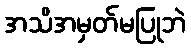
အသိအမှတ်မပြုဘဲ